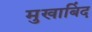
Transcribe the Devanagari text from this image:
मुखाबिंद